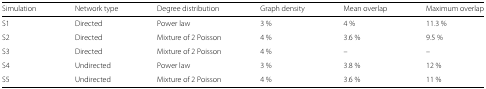
<table><thead><tr><td><b>Simulation</b></td><td><b>Network type</b></td><td><b>Degree distribution</b></td><td><b>Graph density</b></td><td><b>Mean overlap</b></td><td><b>Maximum overlap</b></td></tr></thead><tbody><tr><td>S1</td><td>Directed</td><td>Power law</td><td>3 %</td><td>4 %</td><td>11.3 %</td></tr><tr><td>S2</td><td>Directed</td><td>Mixture of 2 Poisson</td><td>4 %</td><td>3.6 %</td><td>9.5 %</td></tr><tr><td>S3</td><td>Directed</td><td>Mixture of 2 Poisson</td><td>4 %</td><td>–</td><td>–</td></tr><tr><td>S4</td><td>Undirected</td><td>Power law</td><td>3 %</td><td>3.8 %</td><td>12 %</td></tr><tr><td>S5</td><td>Undirected</td><td>Mixture of 2 Poisson</td><td>4 %</td><td>3.6 %</td><td>11 %</td></tr></tbody></table>